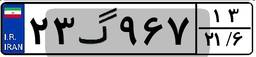
۲۳گ۹۶۷۱۳